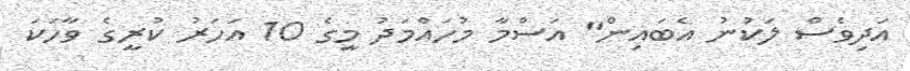
އަދިވެސް ލަކުނު އެބައިން" އަސްމާ މުހައްމަދު މީގެ 10 އަހަރު ކުރީގެ ވާހަކަ